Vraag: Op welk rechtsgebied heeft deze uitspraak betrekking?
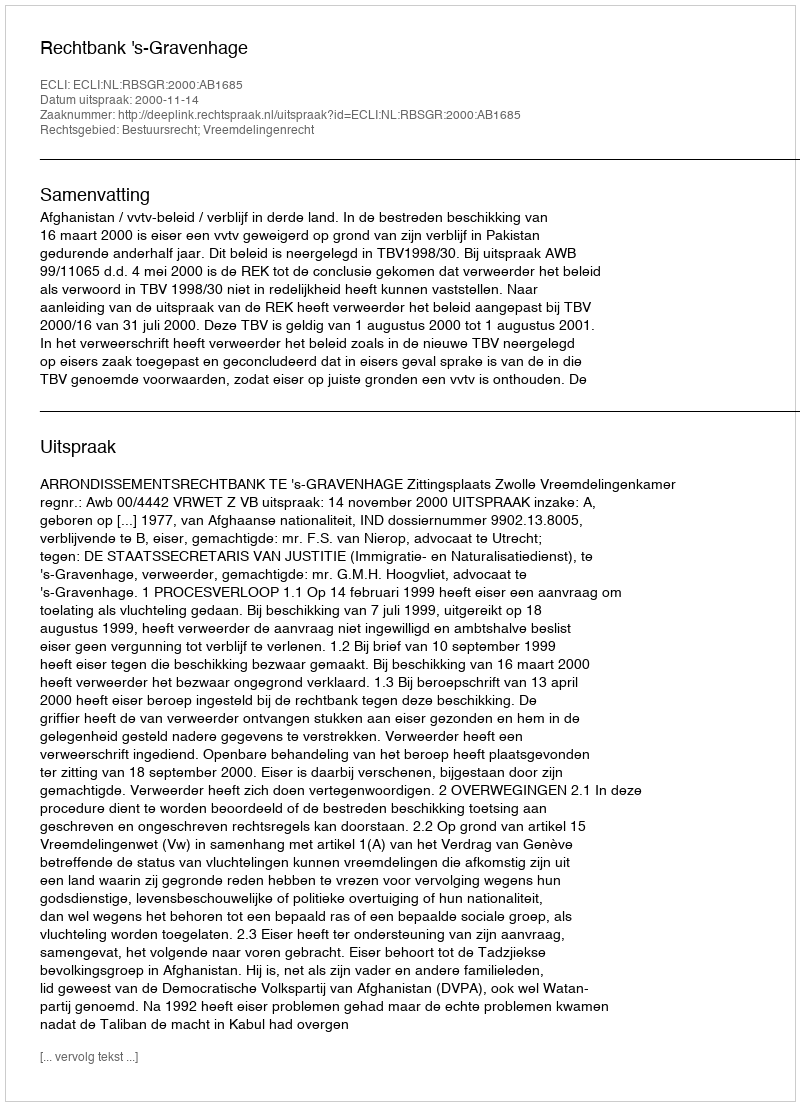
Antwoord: Bestuursrecht; Vreemdelingenrecht